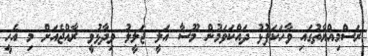
ރަސްމިއްޔާތުގައި ވާހަކަފުޅު ދައްކަވަމުން މޫސާ އަލީ ޖަލީލު ވިދާޅުވީ ރާއްޖެއަށް މި އެހީ